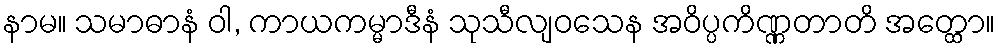
နာမ။ သမာဓာနံ ဝါ, ကာယကမ္မာဒီနံ သုသီလျဝသေန အဝိပ္ပကိဏ္ဏတာတိ အတ္ထော။